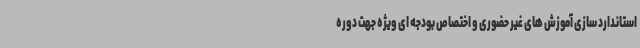
استاندارد سازی آموزش های غیر حضوری و اختصاص بودجه ای ویژه جهت دوره